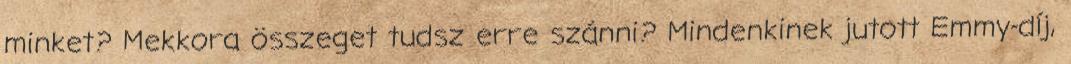
minket? Mekkora összeget tudsz erre szánni? Mindenkinek jutott Emmy-díj,